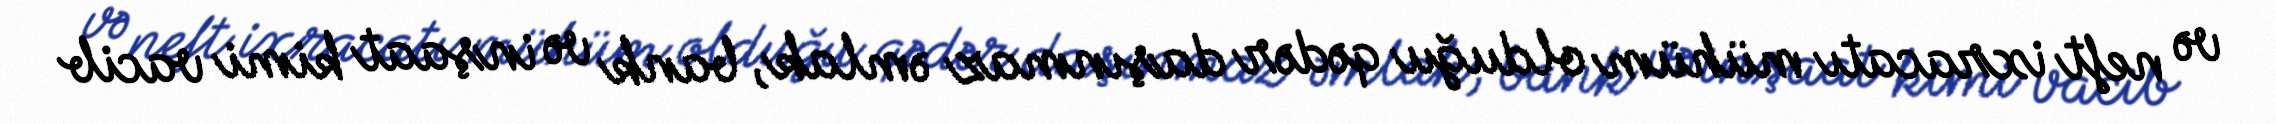
və neft ixracatı mühüm olduğu qədər daşınmaz əmlak, bank və inşaat kimi vacib